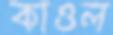
কাওল